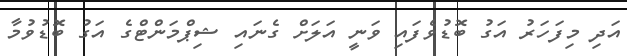
އަދި މިފަހަރު އަގު ބޮޑުވެފައި ވަނީ އަލަށް ގެނައި ޝިޕްމަންޓްގެ އަގު ބޮޑުވުމާ